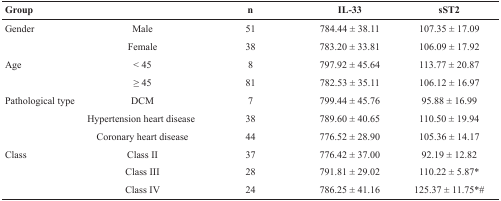
<table><thead><tr><td><b>Group</b></td><td></td><td><b>n</b></td><td><b>IL-33</b></td><td><b>sST2</b></td></tr></thead><tbody><tr><td>Gender</td><td>Male</td><td>51</td><td>784.44 ± 38.11</td><td>107.35 ± 17.09</td></tr><tr><td></td><td>Female</td><td>38</td><td>783.20 ± 33.81</td><td>106.09 ± 17.92</td></tr><tr><td>Age</td><td>&lt; 45</td><td>8</td><td>797.92 ± 45.64</td><td>113.77 ± 20.87</td></tr><tr><td></td><td>≥ 45</td><td>81</td><td>782.53 ± 35.11</td><td>106.12 ± 16.97</td></tr><tr><td>Pathological type</td><td>DCM</td><td>7</td><td>799.44 ± 45.76</td><td>95.88 ± 16.99</td></tr><tr><td></td><td>Hypertension heart disease</td><td>38</td><td>789.60 ± 40.65</td><td>110.50 ± 19.94</td></tr><tr><td></td><td>Coronary heart disease</td><td>44</td><td>776.52 ± 28.90</td><td>105.36 ± 14.17</td></tr><tr><td>Class</td><td>Class II</td><td>37</td><td>776.42 ± 37.00</td><td>92.19 ± 12.82</td></tr><tr><td></td><td>Class III</td><td>28</td><td>791.81 ± 29.02</td><td>110.22 ± 5.87*</td></tr><tr><td></td><td>Class IV</td><td>24</td><td>786.25 ± 41.16</td><td>125.37 ± 11.75*#</td></tr></tbody></table>